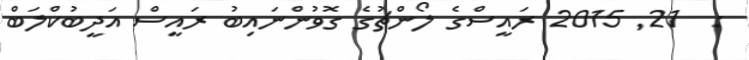
:  21